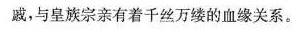
戚，与皇族宗亲有着千丝万缕的血缘关系。